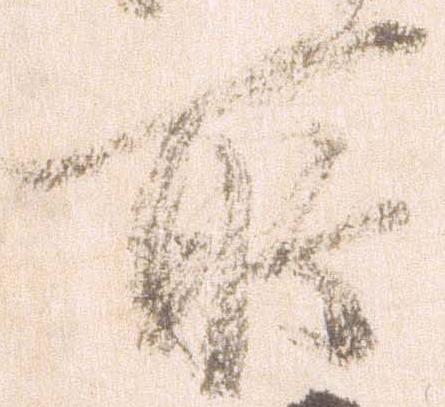
所